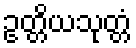
ဥတ္တိယသုတ္တံ